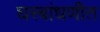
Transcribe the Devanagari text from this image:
घरबांधणीत